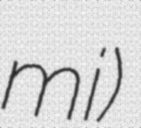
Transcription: mi)